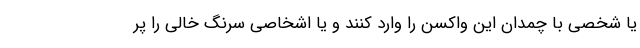
یا شخصی با چمدان این واکسن را وارد کنند و یا اشخاصی سرنگ خالی را پر